Kassari_(Keina)_vallavalitsus, lk 32
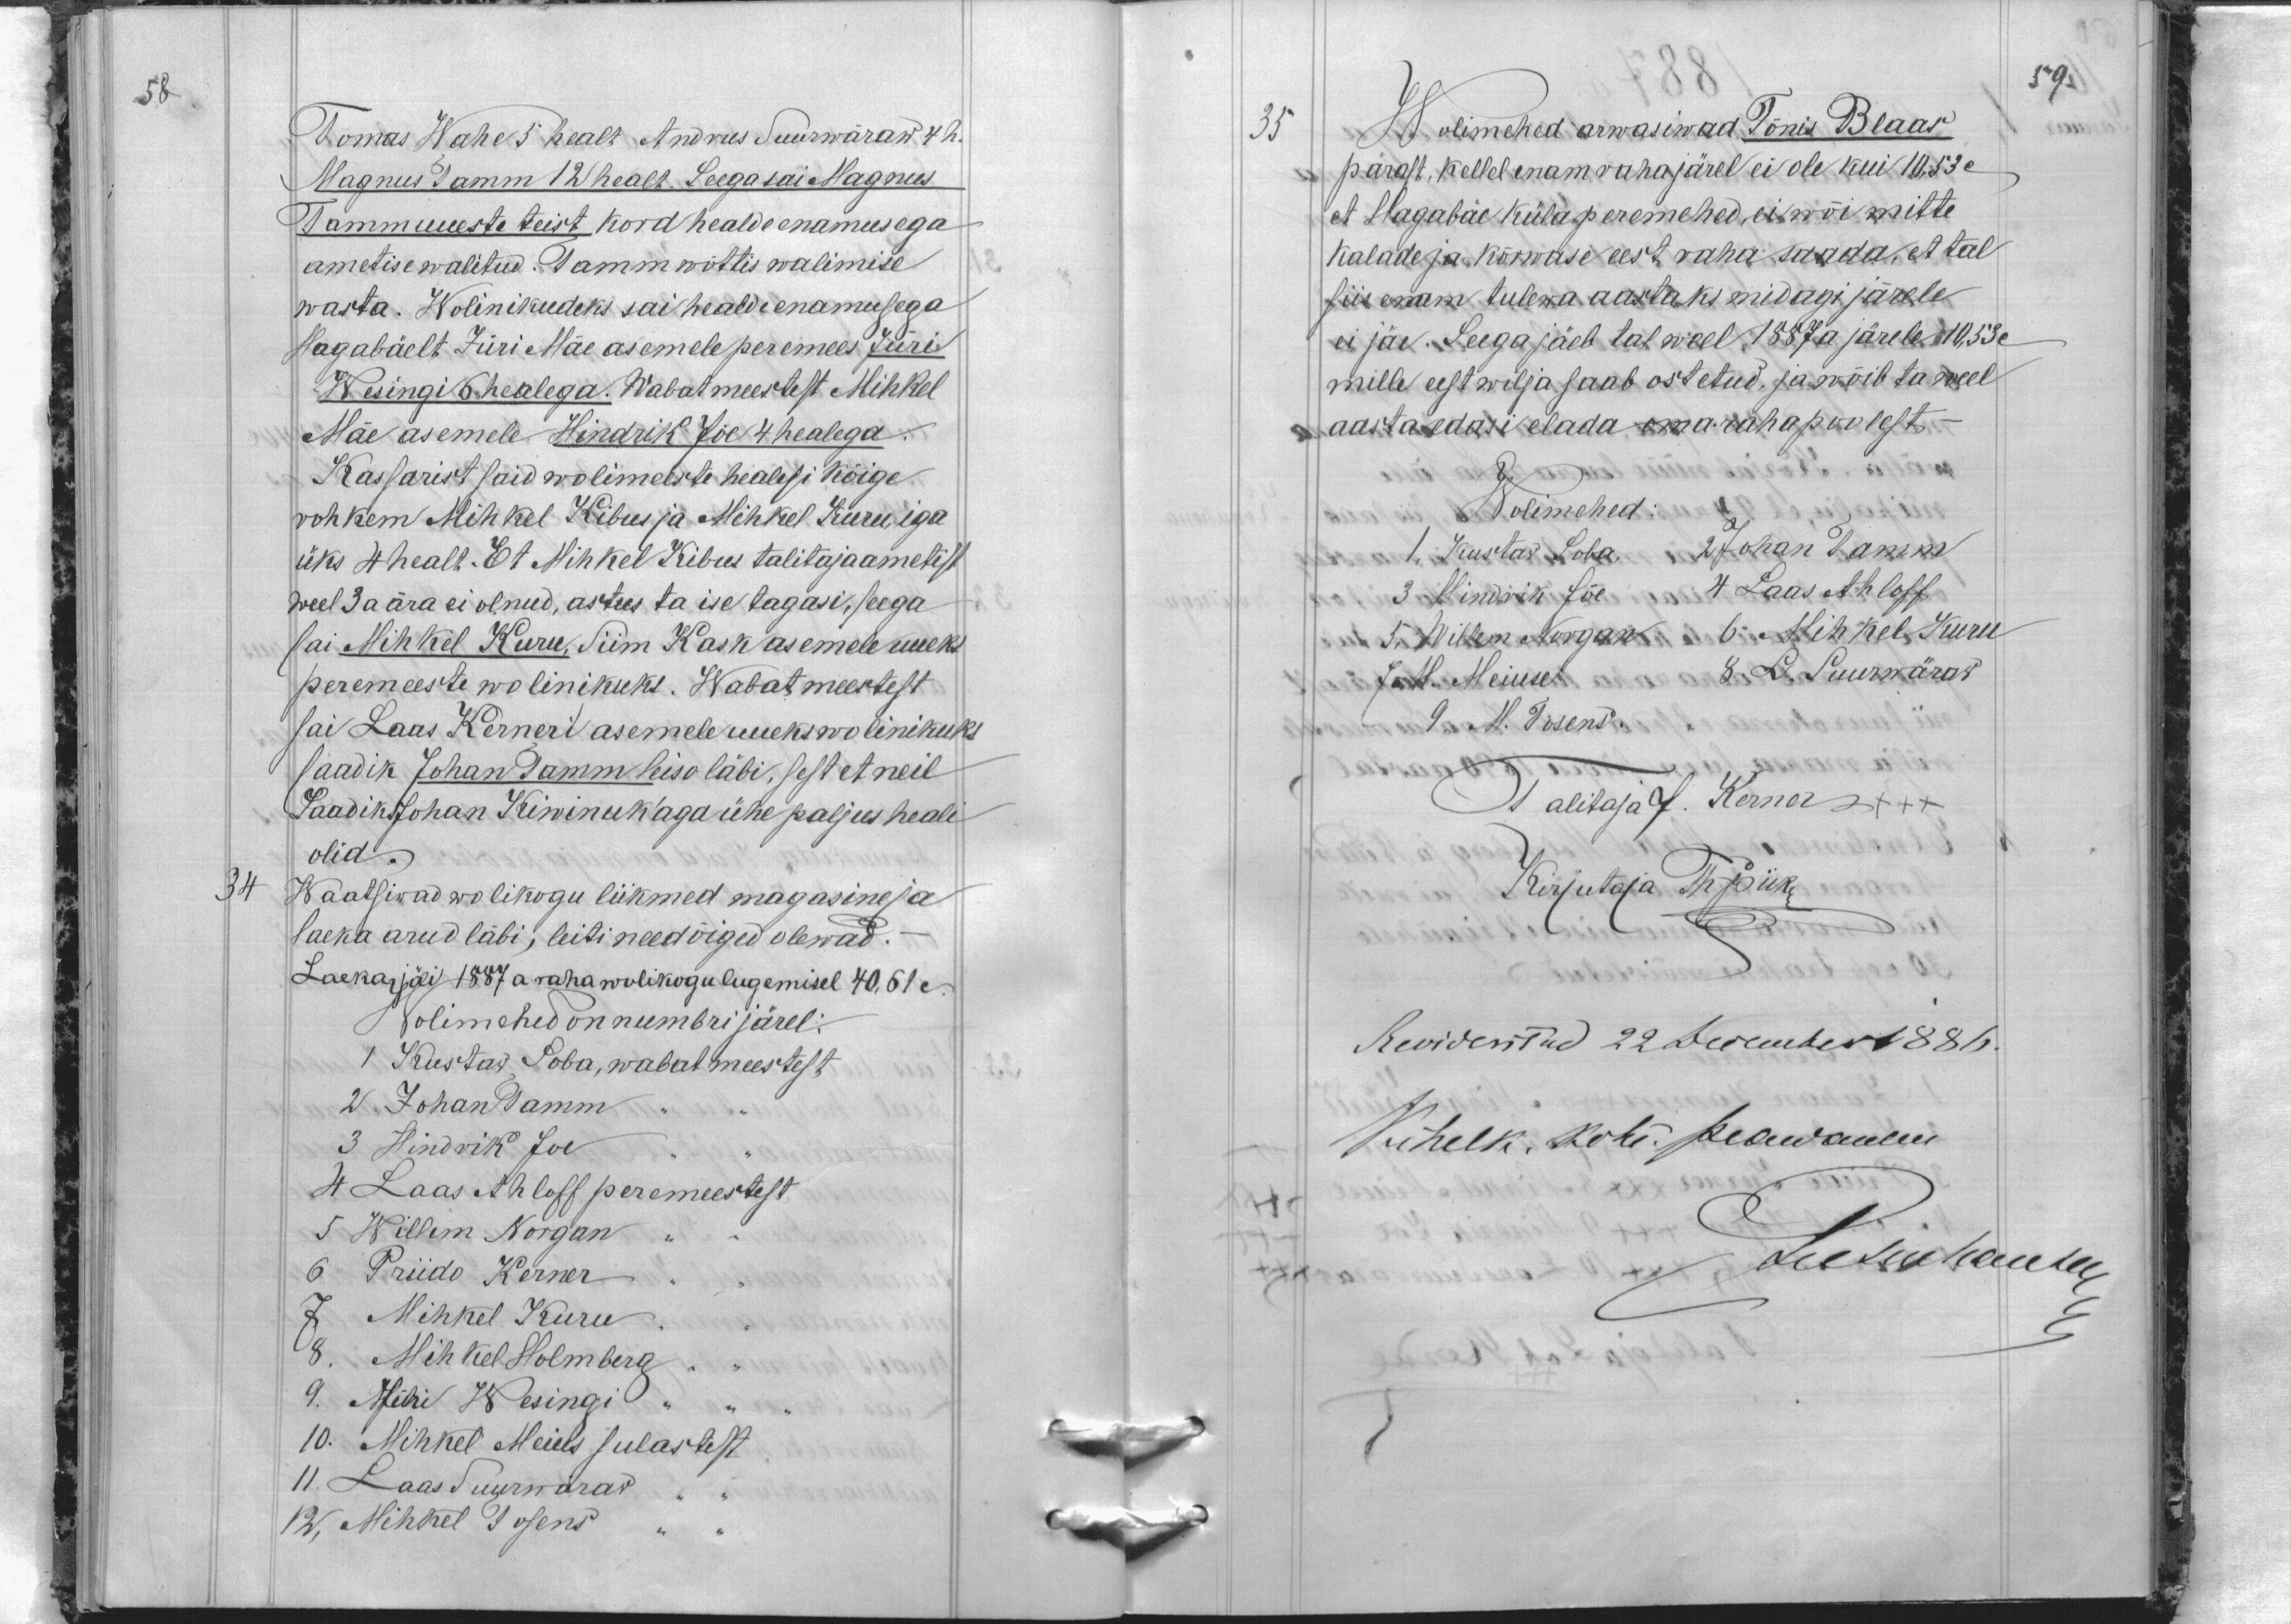
58

Tomas Wahe 5 healt Andrus Suurwäraw 4 h.
Magnus Tamm 12 healt. Seega sai Magnus
Tamm uueste teist kord healde enamusega
ametise walitud. Tamm wõttis walimise
wasta. Wolinikudeks sai healde enamusega
Hagabäelt Jüri Mäe asemele peremees Jüri
Wesingi 6 healega. Wabatmeestest Mihkel
Mäe asemele Hindrik Jõe 4 healega.
Kassarist said wolimeeste healesi kõige
rohkem Mihkel Kibus ja Mihkel Kuru, iga
üks 4 healt. Et Mihkel Kibus talitajaametist
weel 3 a ära ei olnud, astus ta ise tagasi, seega
sai Mihkel Kuru, Siim Kask asemele uueks
peremeeste wolinikuks. Wabatmeestest
sai Laas Kerneri asemele uueks wolinikuks
saadik Johan Tamm leiso läbi, sest et neil
Saadik Johan Kiwinuk'aga ühe paljus heali
olid.
34
Waatsiwad wolikogu liikmed magasine ja
laeka arud läbi, leiti need õiged olewad.
Laekas jäi 1887 a raha wolikogu lugemisel 40,61 c
Wolimehed on numbri järel:
1 Kustaw Soba, wabat meestest
2 Johan Tamm
3 Hindrik Joe
4 Laas Ahloff peremeestest
5 Willem Norgan
6 Priido Kerner
7 Mihkel Kuru
8. Mihkel Holmberg
9. Jüri Wesingi
10. Mihkel Meius sulastest
11 Laas Suurwäraw
12. Mihkel Tosens.

59.
35.
Wolimehed arwasiwad Tõnis Blaas
pärast, kellel enam raha järel ei ole kui 10,53 c.
et Hagabäe küla peremehed, ei wõi mitte
kalade ja kõrwase eest raha saada, et tal
siis enam tulewa aastaks midagi järele
ei jäe. Seega jäeb tal weel 1887 a järele 10,53 c
mille eest wilja saab ostetud, ja wõib ta weel
aasta edasi elada oma raha poolest -
Wolimehed:
1. Kustaw Soba 2 Johan Tamm
3 Hindrik Jõe 4 Laas Ahloff
5. Willem Norgan 6. Mihkel Kuru
7. M. Meiuse 8 L. Suurwäraw
9. M. Tosens
Talitaja J. Kerner xxx
Kirjutaja Th. Piik
Revideeritud 22 December 1886.
Kihelk. koht. peawanem
Leetsu hautee